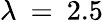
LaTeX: \lambda\: =\: 2.5